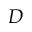
D